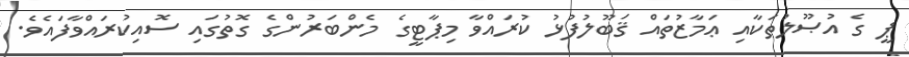
ޕީ ގެ އުޞޫލުތަކާއި ޢަމާޒުތައް ޤަބޫލުފުޅު ކުރައްވާ މިޕާޓީގެ މެންބަރުންގެ ގޮތުގައި ސޮއިކުރައްވާފައެވެ.